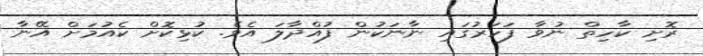
ރޮށި ކާހިތް ނުވާ ފަހަރުގައި ނާނަކުން ފުއްދާލަ އެވެ. ކުޅިކޮށް ކެއުމަށް އޭނާ